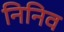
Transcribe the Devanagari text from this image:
निनिव